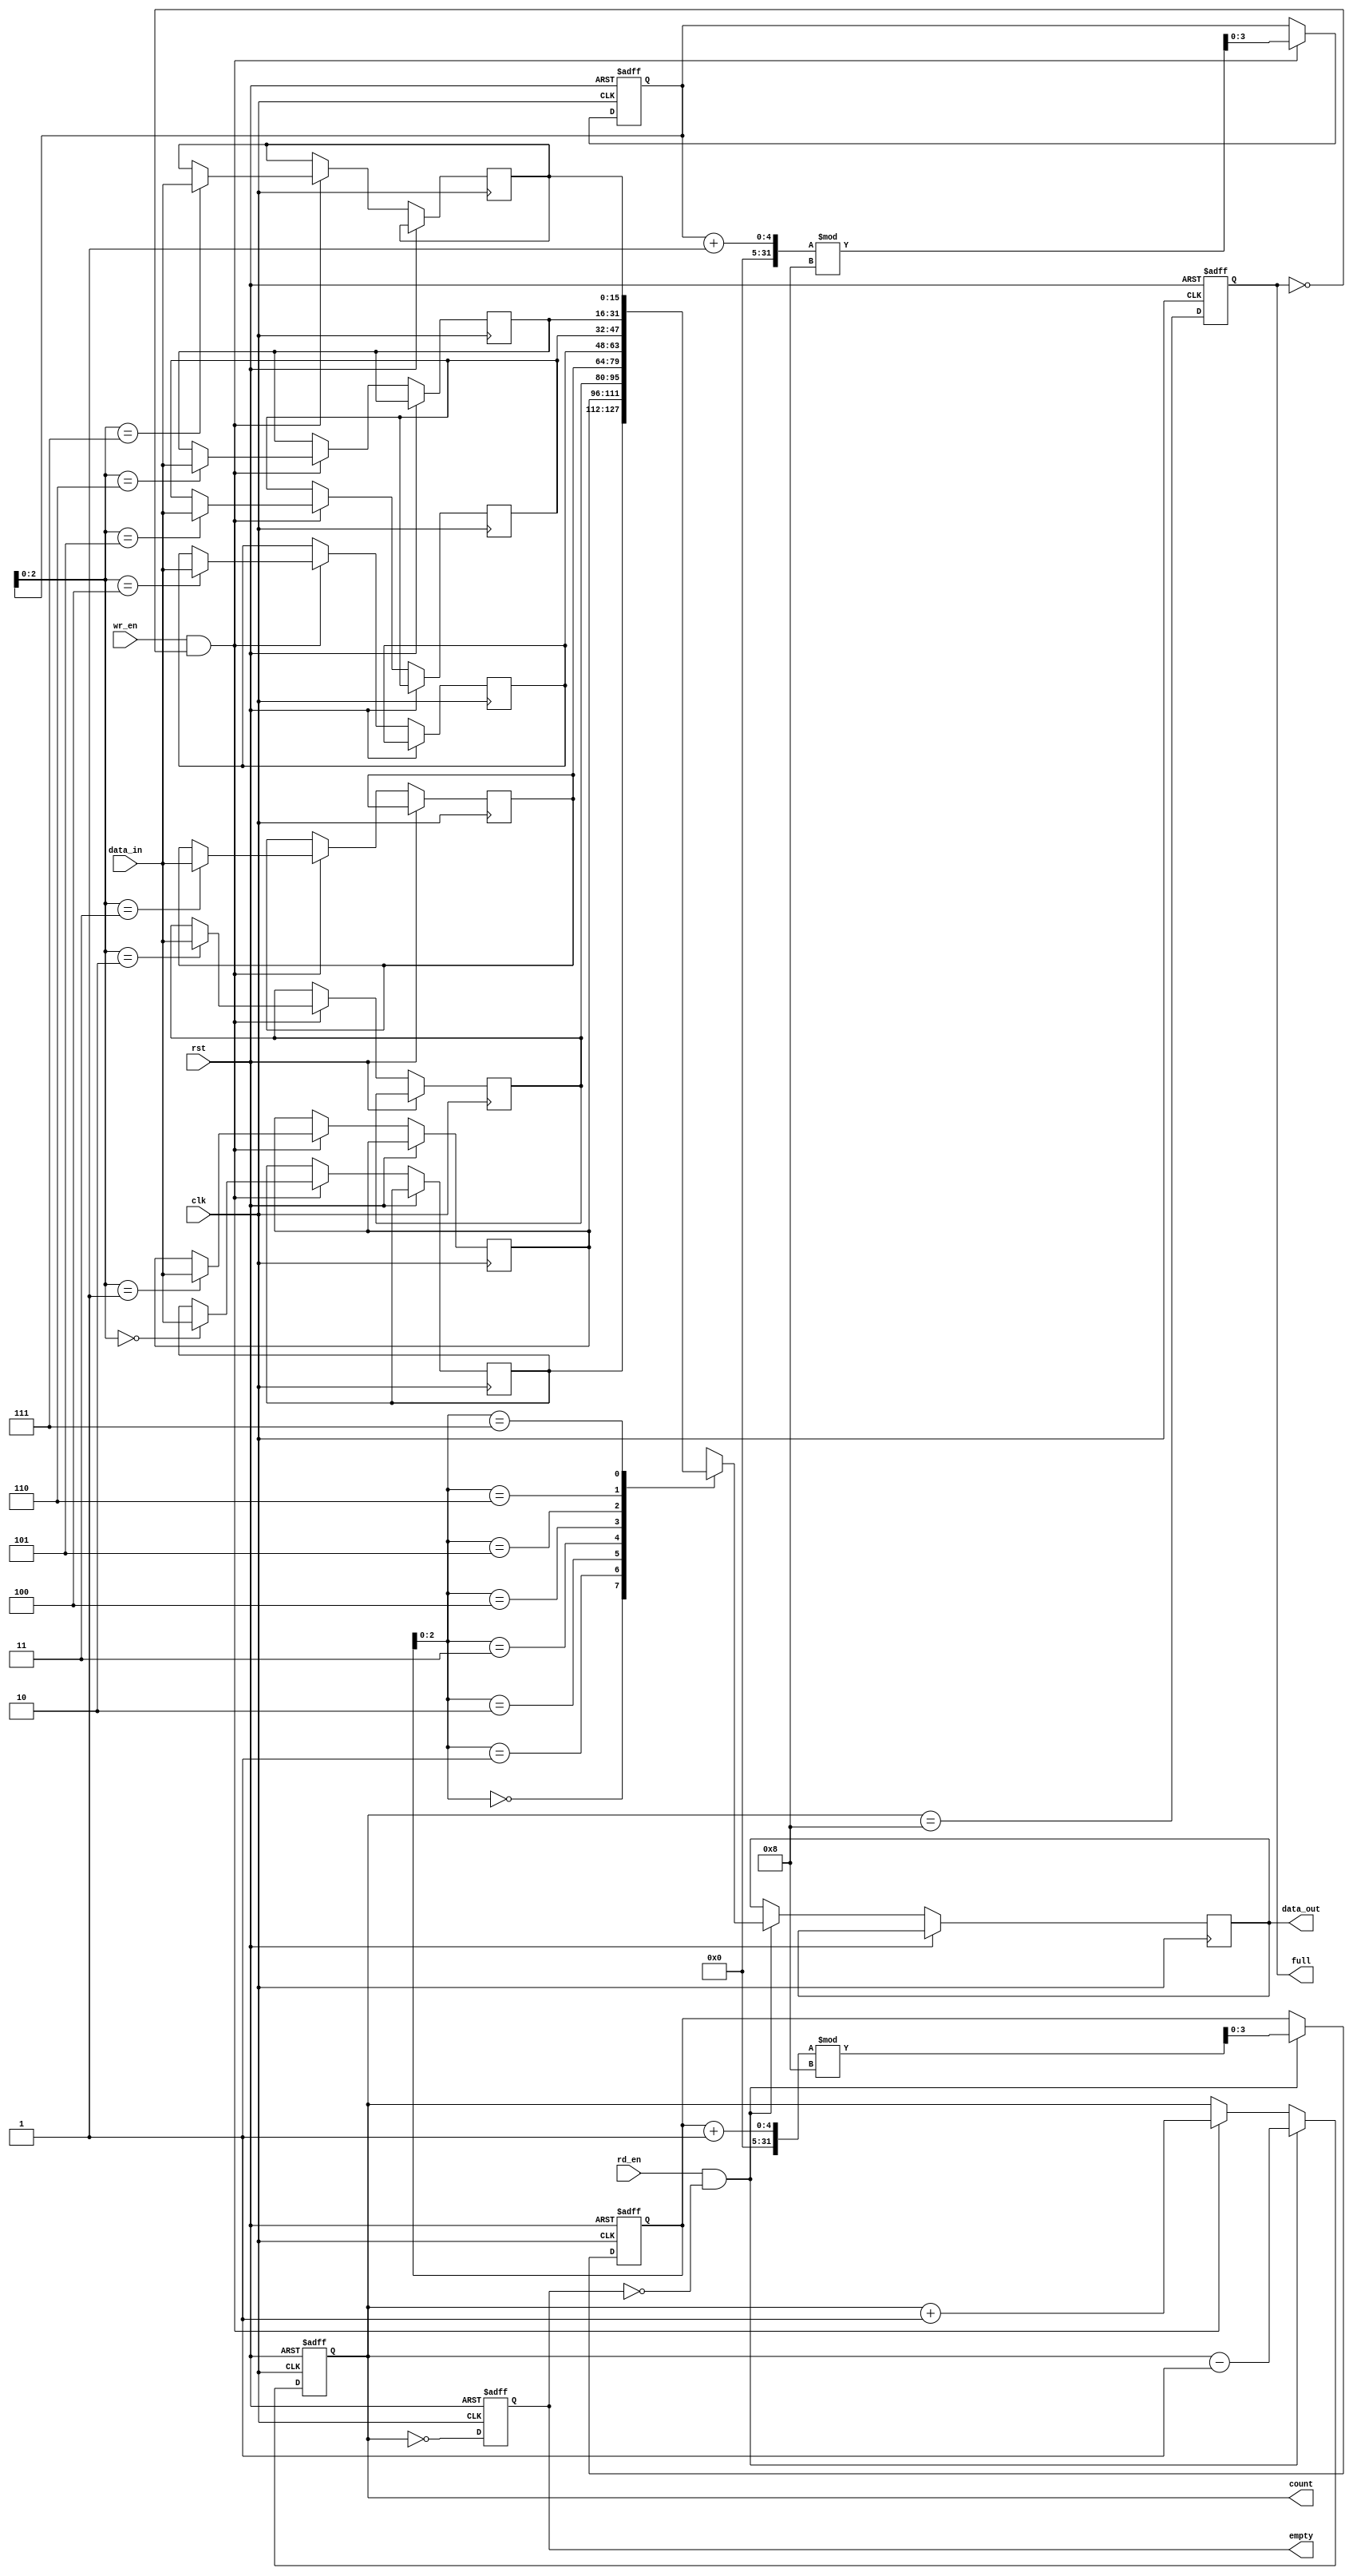
module parameterized_fifo #(
    parameter N = 8,  // Depth of the FIFO
    parameter W = 16  // Width of each entry
)(
    input wire clk,           // Clock signal
    input wire rst,           // Asynchronous reset
    input wire [W-1:0] data_in,   // Input data
    input wire wr_en,         // Write enable
    input wire rd_en,         // Read enable
    output reg [W-1:0] data_out,  // Output data
    output reg full,          // FIFO full flag
    output reg empty,         // FIFO empty flag
    output reg [3:0] count    // Current count of the entries
);

    // Declare the storage array
    reg [W-1:0] fifo_array [0:N-1];
    
    // Read and write pointers
    reg [3:0] read_pointer;
    reg [3:0] write_pointer;

    // Initial block to reset internal states
    initial begin
        full = 1'b0;
        empty = 1'b1;
        count = 4'd0;
        read_pointer = 4'd0;
        write_pointer = 4'd0;
    end
    
    // Synchronous operations
    always @(posedge clk or posedge rst) begin
        if (rst) begin
            // On reset, clear all entries
            read_pointer <= 4'd0;
            write_pointer <= 4'd0;
            count <= 4'd0;
            full <= 1'b0;
            empty <= 1'b1;
        end else begin
            // Write operation
            if (wr_en && !full) begin
                fifo_array[write_pointer] <= data_in; // Write data
                write_pointer <= (write_pointer + 1) % N; // Increment write pointer
                count <= count + 1; // Increment count
            end
            
            // Read operation
            if (rd_en && !empty) begin
                data_out <= fifo_array[read_pointer]; // Read data
                read_pointer <= (read_pointer + 1) % N; // Increment read pointer
                count <= count - 1; // Decrement count
            end
            
            // Update full and empty flags
            full <= (count == N);
            empty <= (count == 0);
        end
    end
endmodule